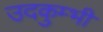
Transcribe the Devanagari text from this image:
उदकुम्भी